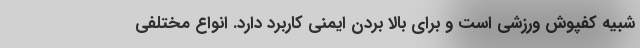
شبیه کفپوش ورزشی است و برای بالا بردن ایمنی کاربرد دارد. انواع مختلفی